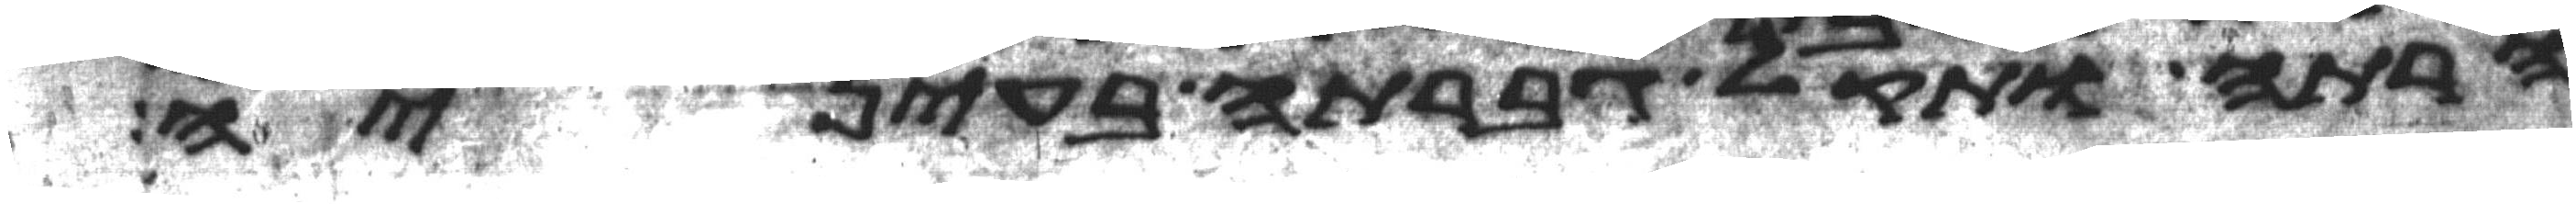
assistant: הרתה ותקל גברתה בעיניה